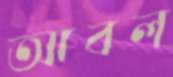
আবল